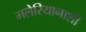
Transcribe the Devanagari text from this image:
मलेरियानाशी